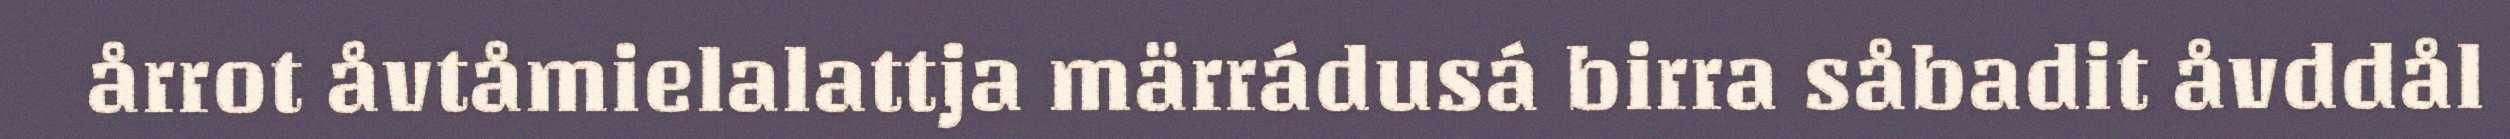
årrot åvtåmielalattja märrádusá birra såbadit åvddål